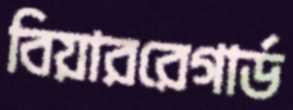
বিয়াররেগার্ড